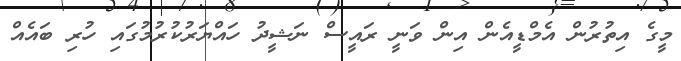
މީގެ އިތުރުން އެމްޑީއެން އިން ވަނީ ރައީސް ނަޝީދު ހައްޔަރުކުރުމުގައި ހުރި ބައެއް